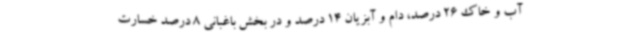
آب و خاک 26 درصد، دام و آبزیان 14 درصد و در بخش باغبانی 8 درصد خسارت